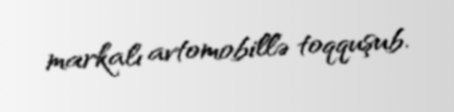
markalı avtomobillə toqquşub.